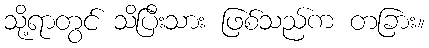
သို့ရာတွင် သိပြီးသား ဖြစ်သည်က တခြား။